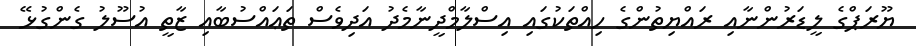
ޔޫރަޕްގެ ލީޑަރުންނާއި ރައްޔިތުންގެ ހިއްތަކުގައި އިސްލާމްދީނާމެދު އަދިވެސް ތަޢައްސުބާއި ޒާތީ އުސޫލު ގެންގުޅޭ